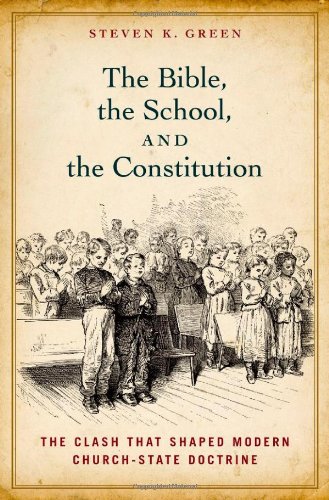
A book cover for The Bible, the School, and the Constitution: The Clash that Shaped Modern Church-State Doctrine; Steven K. Green; Law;